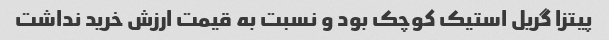
پیتزا گریل استیک کوچک بود و نسبت به قیمت ارزش خرید نداشت